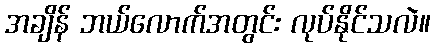
အချိန် ဘယ်လောက်အတွင်း လုပ်နိုင်သလဲ။